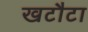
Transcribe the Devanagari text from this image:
खटौटा